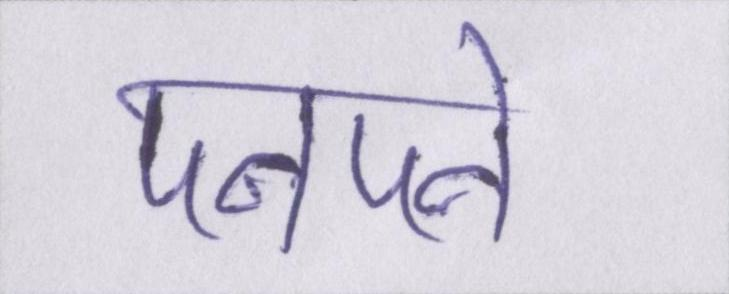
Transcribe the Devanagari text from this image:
पनपने